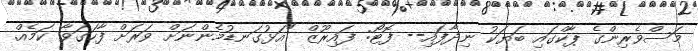
މަސްވެރިންގެ ޕާކްގައި ބަޔަކު ނިދާފައި-- ފޮޓޯ: ފައިރޫޒް "އަޅުގަނޑުމެންނަށް ވަރަށް ފާހަގަވާ ކަމެއް.